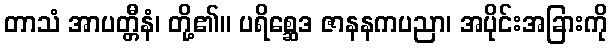
တာသံ အာပတ္တီနံ၊ တို့၏။ ပရိစ္ဆေဒ ဇာနနကပညာ၊ အပိုင်းအခြားကို